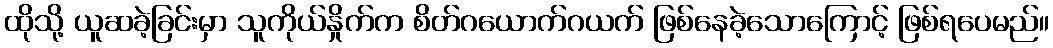
ထိုသို့ ယူဆခဲ့ခြင်းမှာ သူကိုယ်နှိုက်က စိတ်ဂယောက်ဂယက် ဖြစ်နေခဲ့သောကြောင့် ဖြစ်ရပေမည်။